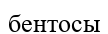
бентосы